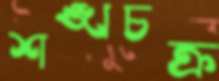
শঙ্খচক্র